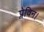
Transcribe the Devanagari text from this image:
प्लेविन।